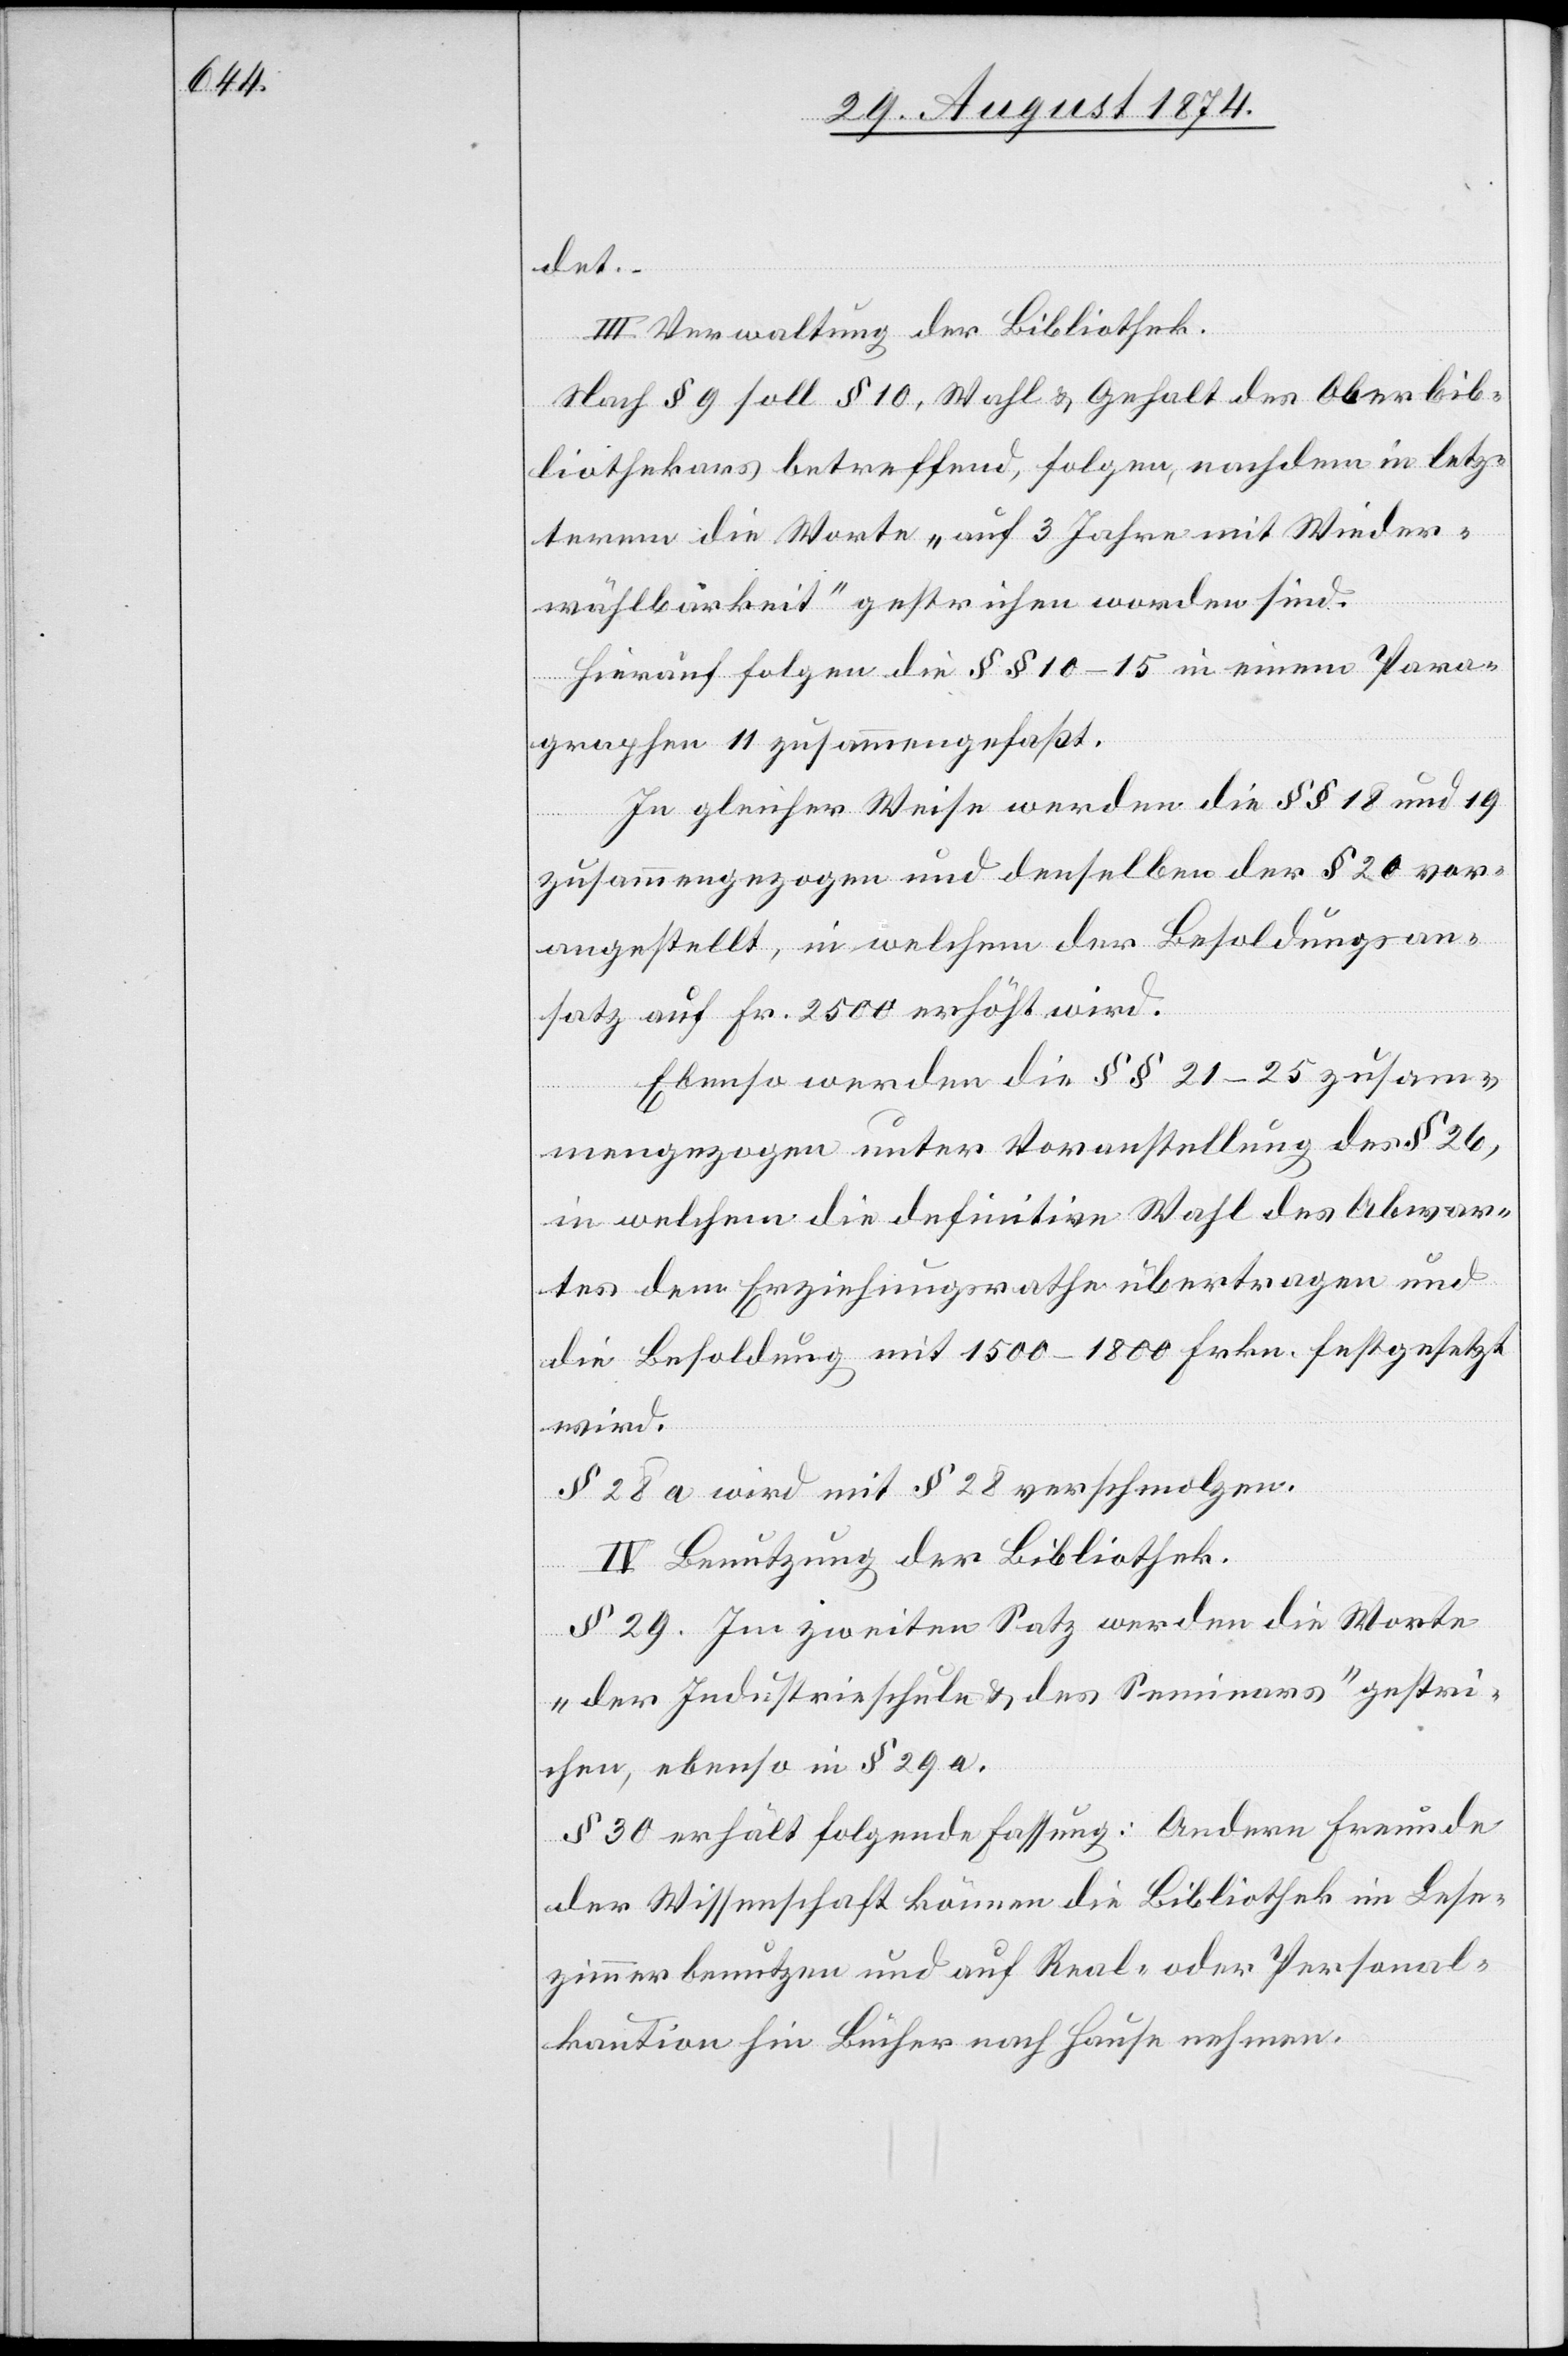
det.
III. Verwaltung der Bibliothek.
Nach § 9 soll § 10, Wahl- u. Gehalt des Oberbib¬
liothekars betreffend, folgen, nachdem in letz¬
terem die Worte „auf 3 Jahre mit Wieder¬
wählbarkeit“ gestrichen worden sind.
Hierauf folgen die §§ 10–15 in einem Para¬
graphen 11 zusammengefaßt.
In gleicher Weise werden die §§ 18 und 19
zusammengezogen und denselben der § 20 vor¬
angestellt, in welchem der Besoldungsan¬
satz auf Fr. 2500 erhöht wird.
Ebenso werden die §§ 21–25 zusam¬
mengezogen unter Voranstellung des § 26,
in welchem die definitive Wahl des Abwar¬
tes dem Erziehungsrathe übertragen und
die Besoldung mit 1500–1800 Frkn. festgesetzt
wird.
§ 28. a wird mit § 28 verschmolzen.
IV. Benutzung der Bibliothek.
§ 29. Im zweiten Satz werden die Worte
„der Industrieschule u. des Seminars“ gestri¬
chen, ebenso in § 29 a.
§ 30. erhält folgende Fassung: Andere Freunde
der Wissenschaft können die Bibliothek im Lese¬
zimmer benutzen und auf Real- oder Personal¬
kaution hin Bücher nach Hause nehmen.